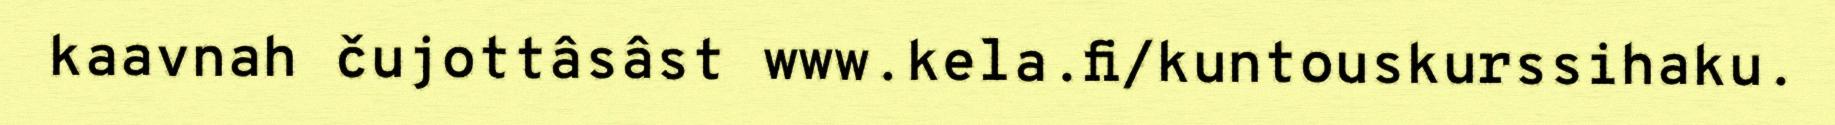
kaavnah čujottâsâst www.kela.fi/kuntouskurssihaku.